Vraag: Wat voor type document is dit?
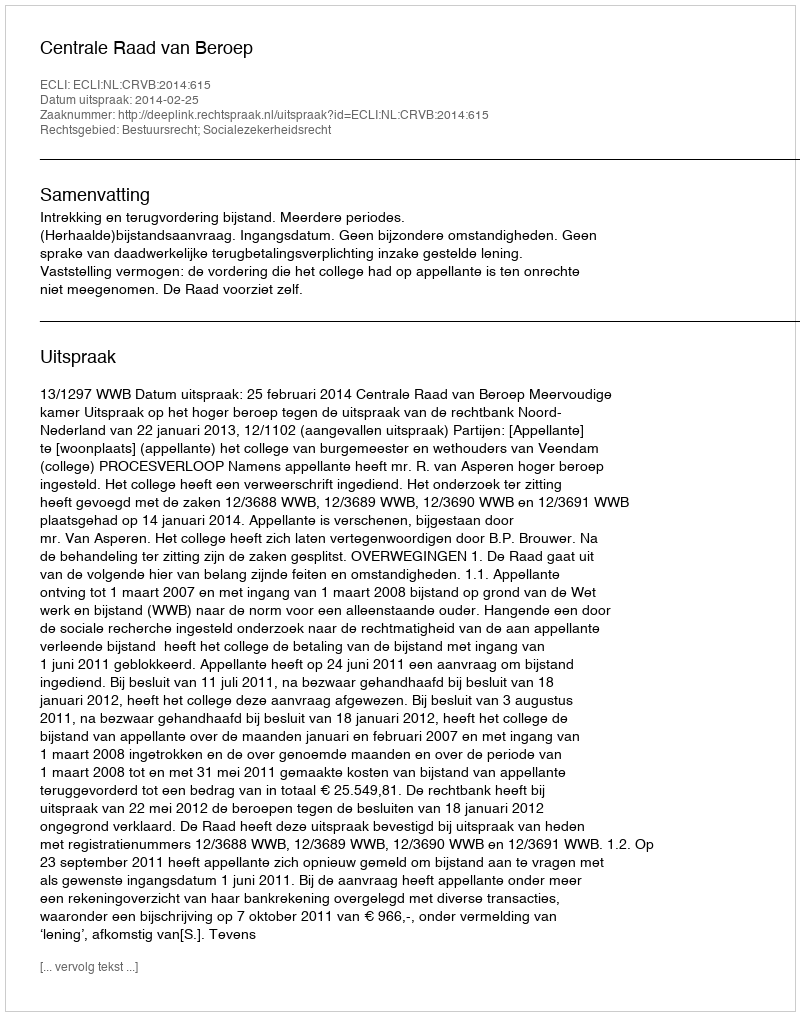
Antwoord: Uitspraak